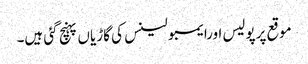
موقع پرپولیس اورایمبولینس کی گاڑیاں پہنچ گئی ہیں۔